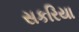
સકરિયા